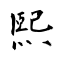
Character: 熙